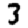
Digit: 3